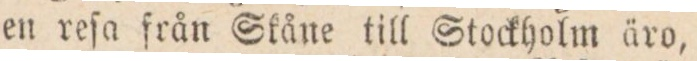
en reſa från Skåne till Stockholm äro,